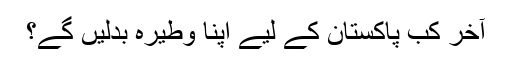
آخر کب پاکستان کے لیے اپنا وطیرہ بدلیں گے؟